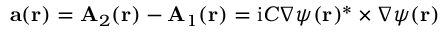
\mathbf { a } ( \mathbf { r } ) = \mathbf { A } _ { 2 } ( \mathbf { r } ) - \mathbf { A } _ { 1 } ( \mathbf { r } ) = \mathrm { i } C \nabla \psi ( \mathbf { r } ) ^ { * } \times \nabla \psi ( \mathbf { r } )